Senior Leaving Certificate Examination (including Day School Certificate (Higher) General paper), 1946
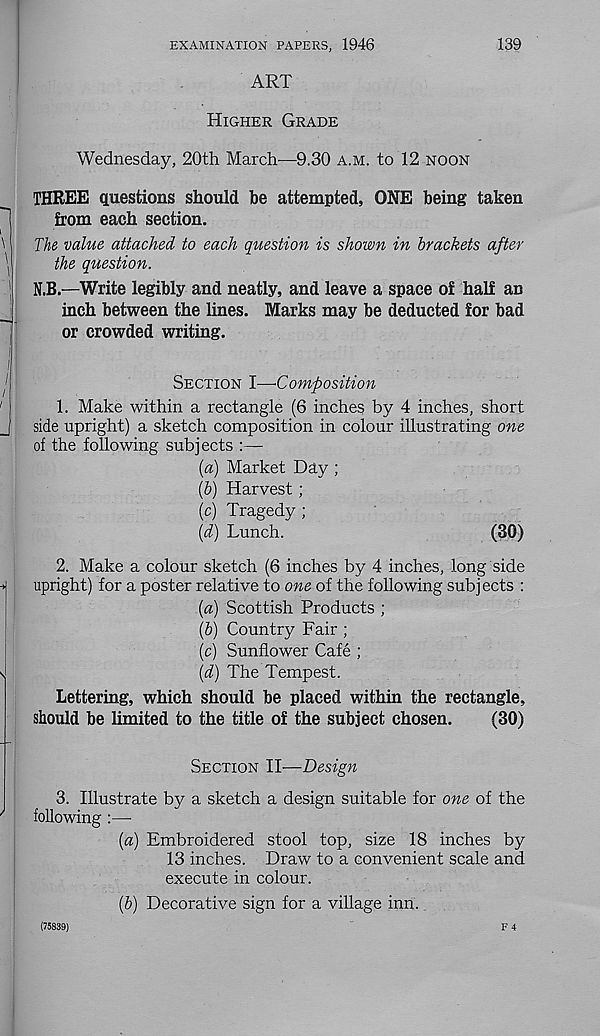
EXAMINATION PAPERS, 1946
139
ART
Higher Grade
Wednesday, 20th March—9.30 a.m. to 12 noon
THREE questions should be attempted, ONE being taken
from each section.
The value attached to each question is shown in brackets after
the question.
N.B.—Write legibly and neatly, and leave a space of half an
inch between the lines. Marks may be deducted for bad
or crowded writing.
Section I—-Composition
1. Make within a rectangle (6 inches by 4 inches, short
side upright) a sketch composition in colour illustrating one
of the following subjects :—
(a) Market Day ;
(6) Harvest;
(c) Tragedy;
{d) Lunch.
(30)
2. Make a colour sketch (6 inches by 4 inches, long side
upright) for a poster relative to one of the following subjects :
{a) Scottish Products ;
(b) Country Fair ;
(c) Sunflower Cafe ;
(d) The Tempest.
Lettering, which should be placed within the rectangle,
should be limited to the title of the subject chosen.
(30)
Section II—Design
3. Illustrate by a sketch a design suitable for one of the
following :—
(a) Embroidered stool top, size 18 inches by
13 inches. Draw to a convenient scale and
execute in colour.
(b) Decorative sign for a village inn.
F 4
(75839)